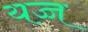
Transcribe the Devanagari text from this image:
यच्च